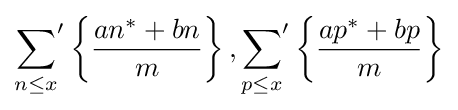
{\sum _{n\leq x}}'\left\{{\frac {an^{*}+bn}{m}}\right\},{\sum _{p\leq x}}'\left\{{\frac {ap^{*}+bp}{m}}\right\}